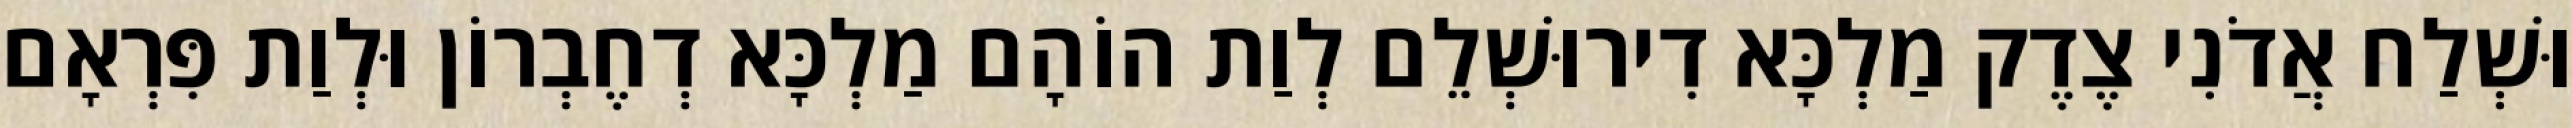
וּשְׁלַח אֲדֹנִי צֶדֶק מַלְכָּא דִירוּשְׁלֵם לְוַת הוֹהָם מַלְכָּא דְחֶבְרוֹן וּלְוַת פִּרְאָם